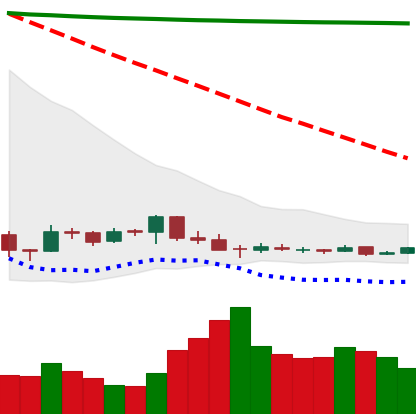
Ticker: DOGE-USD
Chart end date: 2018-12-15
Forward return: 29.247%
Label: up_7plus